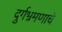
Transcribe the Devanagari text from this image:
दुर्गभ्रमणाचे